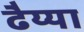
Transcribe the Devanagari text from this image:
ढैय्या